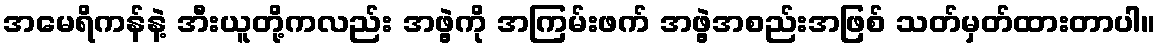
အမေရိကန်နဲ့ အီးယူတို့ကလည်း အဖွဲ့ကို အကြမ်းဖက် အဖွဲ့အစည်းအဖြစ် သတ်မှတ်ထားတာပါ။